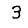
Digit: 3